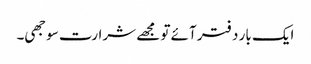
ایک بار دفتر آئے تو مجھے شرارت سوجھی۔